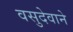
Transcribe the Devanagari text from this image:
वसुदेवाने